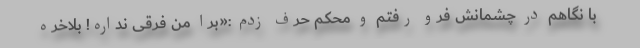
با نگاهم در چشمانش فرو رفتم و محکم حرف زدم :«برا من فرقی نداره! بلاخره